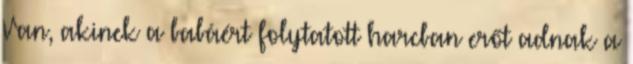
Van, akinek a babáért folytatott harcban erőt adnak a